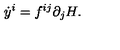
{ \dot { y } } ^ { i } = f ^ { i j } \partial _ { j } H .